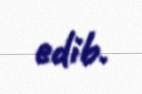
edib.